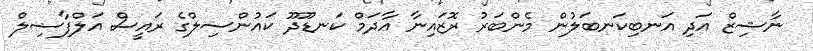
ނާޝިޒް އަދި އަނބިކަނބަލުން މެންބަރު ރޮޒައިނާ އާދަމް ކަނޑޫދޫ ކައުންސިލްގެ ރައީސް އަލްފާޟިލް